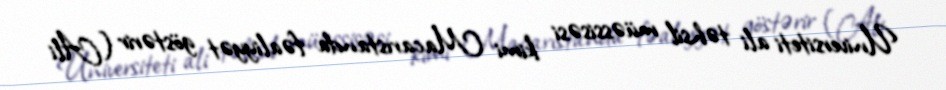
Universiteti ali təhsil müəssisəsi kimi Macarıstanda fəaliyyət göstərir (Ali